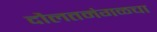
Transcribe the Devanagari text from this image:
दौलतमंगळचा